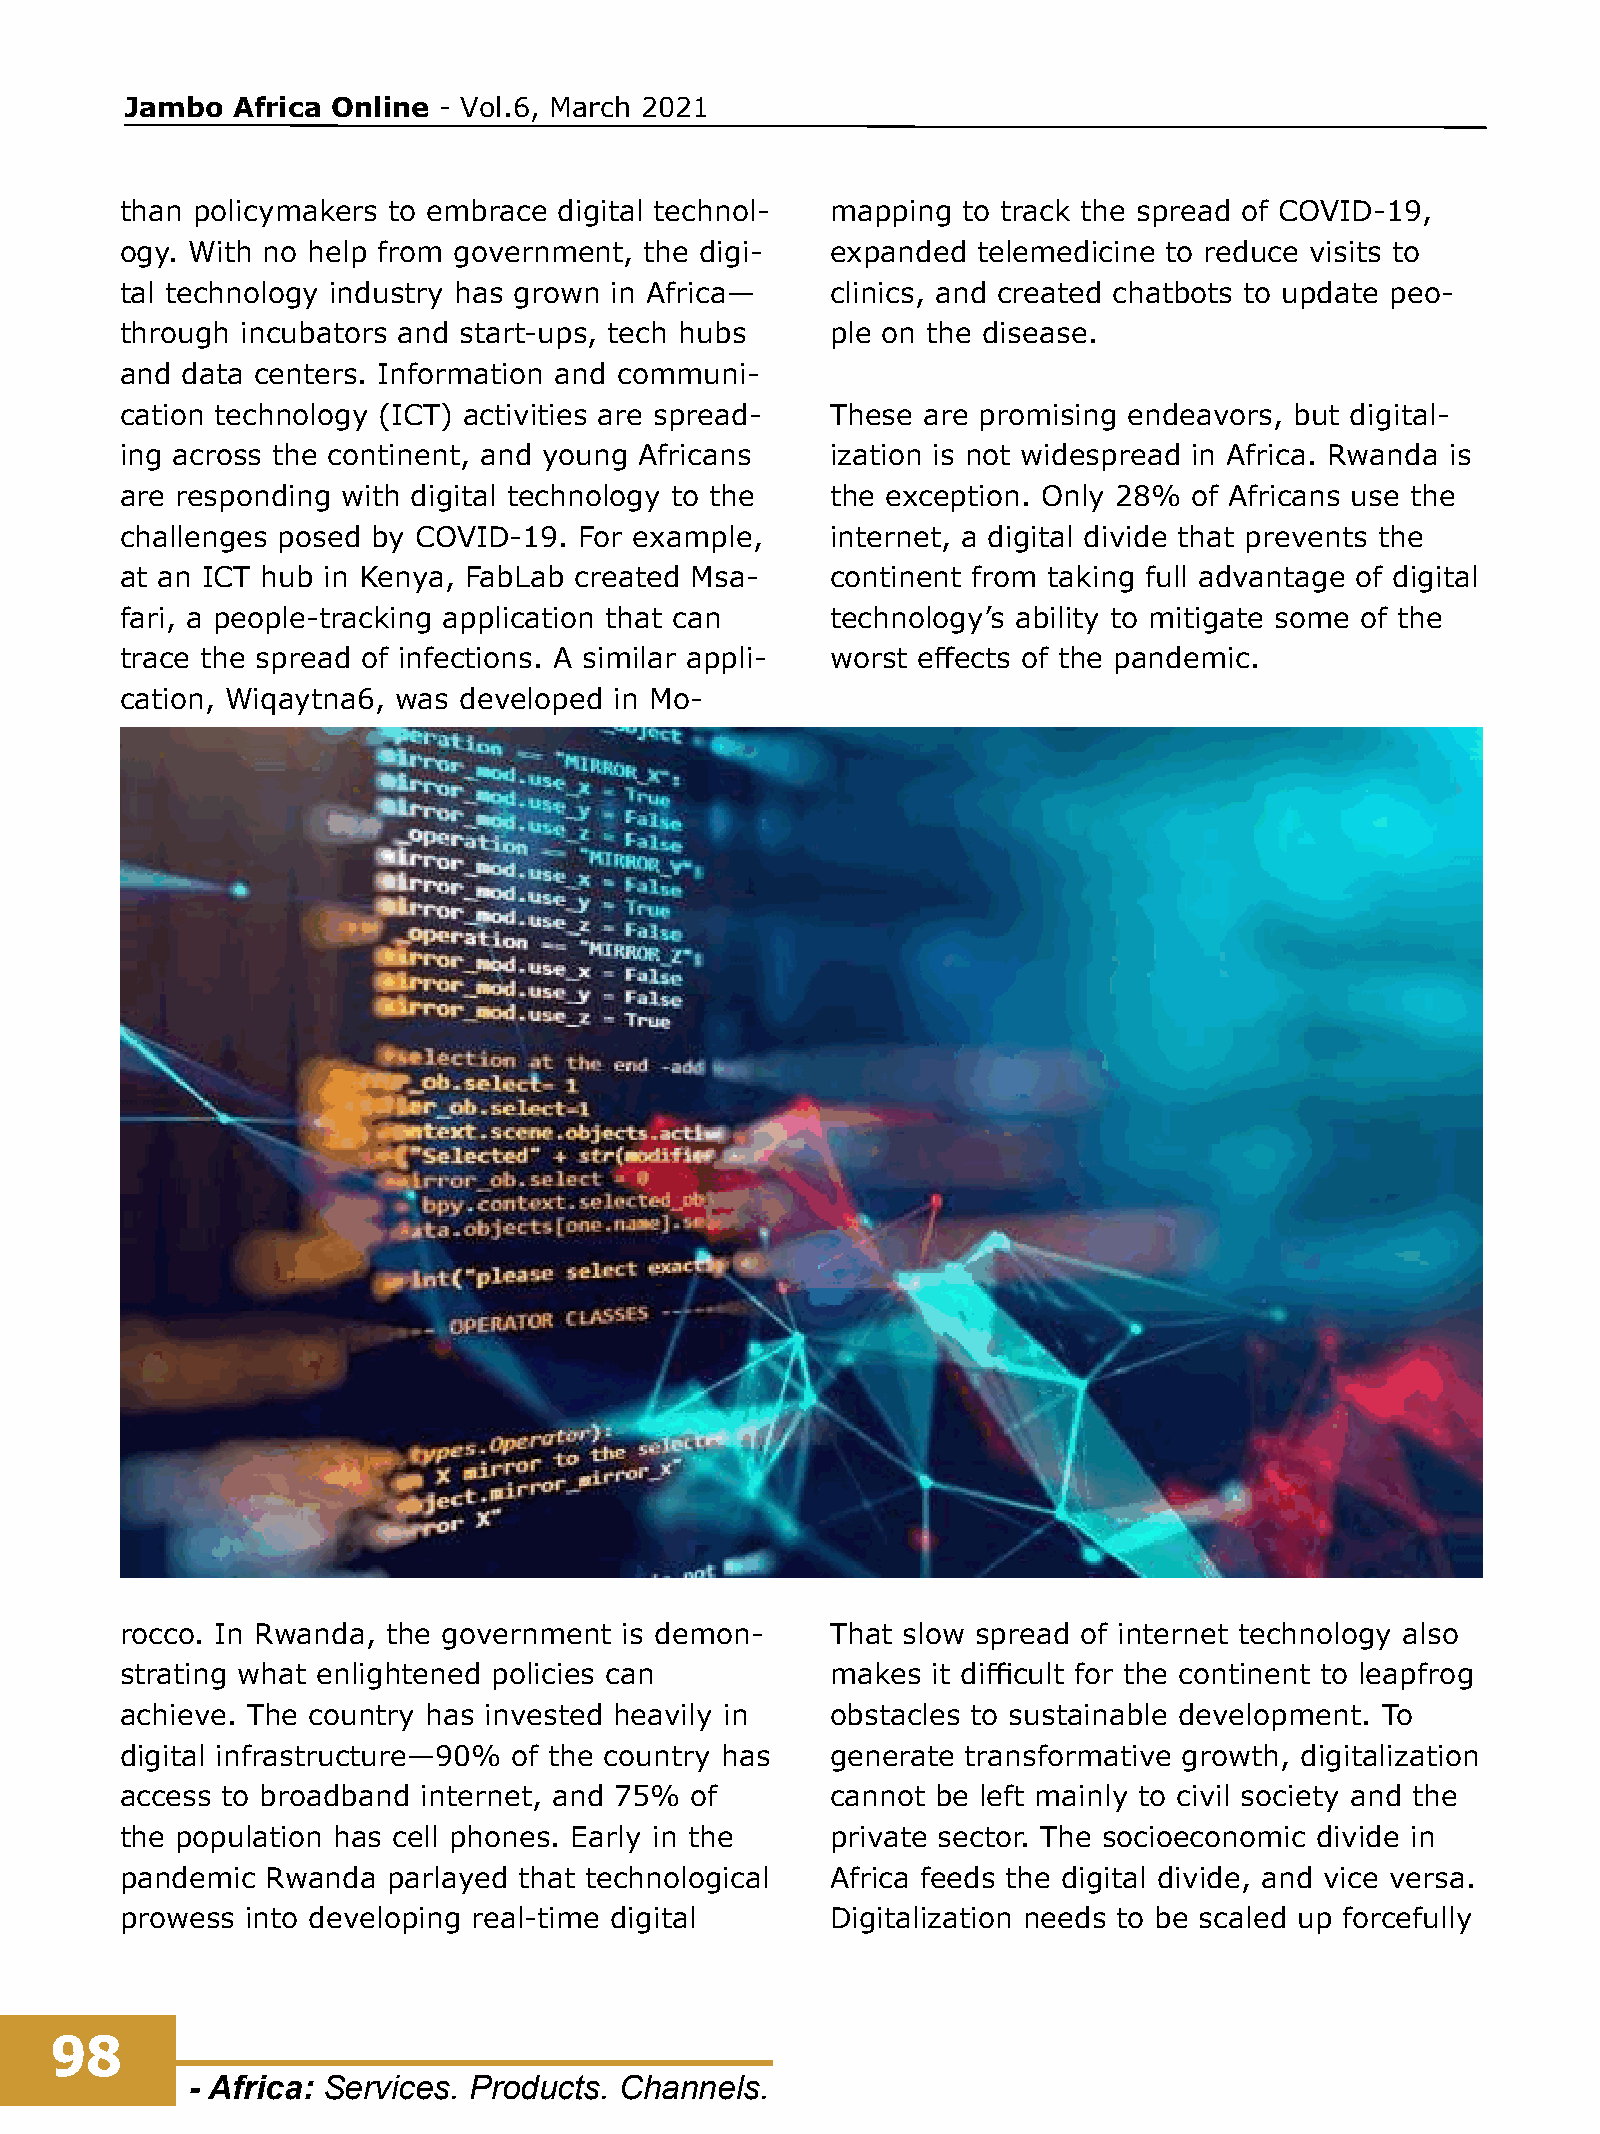
Jambo  Africa Online - Vol.6, March 2021
 than policymakers to embrace digital technol-  mapping  to track the spread of COVID-19,
 ogy. With no help from government, the digi-   expanded  telemedicine to reduce visits to
 tal technology industry has grown in Africa—   clinics, and created chatbots to update peo-
 through incubators and start-ups, tech hubs    ple on the disease.
 and data centers. Information and communi-
 cation technology (ICT) activities are spread- These are promising endeavors, but digital-
 ing across the continent, and young Africans   ization is not widespread in Africa. Rwanda is
 are responding with digital technology to the  the exception. Only 28% of Africans use the
 challenges posed by COVID-19. For example,     internet, a digital divide that prevents the
 at an ICT hub in Kenya, FabLab created Msa-    continent from taking full advantage of digital
 fari, a people-tracking application that can   technology’s ability to mitigate some of the
 trace the spread of infections. A similar appli- worst effects of the pandemic.
 cation, Wiqaytna6, was developed in Mo-
 rocco. In Rwanda, the government is demon-     That slow spread of internet technology also
 strating what enlightened policies can         makes  it difficult for the continent to leapfrog
 achieve. The country has invested heavily in   obstacles to sustainable development. To
 digital infrastructure—90% of the country has  generate transformative growth, digitalization
 access to broadband internet, and 75% of       cannot be left mainly to civil society and the
 the population has cell phones. Early in the   private sector. The socioeconomic divide in
 pandemic  Rwanda  parlayed that technological  Africa feeds the digital divide, and vice versa.
 prowess into developing real-time digital      Digitalization needs to be scaled up forcefully
 98
 - Africa: Services. Products. Channels.